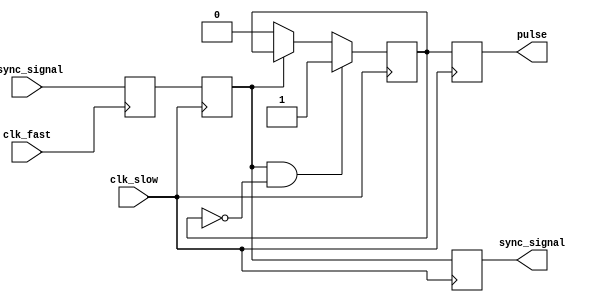
module pulsed_synchronizer (
    input wire async_signal,      // Input signal from the fast clock domain
    input wire clk_fast,          // Fast clock domain
    input wire clk_slow,          // Slow clock domain
    output reg sync_signal,       // Synchronized output signal
    output reg pulse              // Pulse output
);

    // Internal signals for the two-stage synchronization
    reg async_signal_ff1;         // First flip-flop output
    reg async_signal_ff2;         // Second flip-flop output

    // First stage: Capture the async signal on the fast clock
    always @(posedge clk_fast) begin
        async_signal_ff1 <= async_signal;
    end

    // Second stage: Synchronize the output on the slow clock
    always @(posedge clk_slow) begin
        async_signal_ff2 <= async_signal_ff1;
        sync_signal <= async_signal_ff2;
    end

    // Pulse generation logic
    reg pulse_reg;                // Register to hold pulse state

    always @(posedge clk_slow) begin
        // Generate pulse when the synchronized signal transitions
        if (async_signal_ff2 && !pulse_reg) begin
            pulse_reg <= 1'b1;     // Set pulse high on rising edge
        end else if (!async_signal_ff2) begin
            pulse_reg <= 1'b0;     // Reset pulse low on falling edge
        end
        
        // Optionally, you can control the pulse width here
        // For example, you can limit the pulse width to one clock cycle
        pulse <= pulse_reg;
    end

endmodule